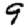
Digit: 9